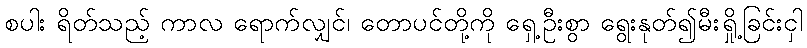
စပါး ရိတ်သည့် ကာလ ရောက်လျှင်၊ တောပင်တို့ကို ရှေ့ဦးစွာ ရွေးနုတ်၍မီးရှို့ခြင်းငှါ